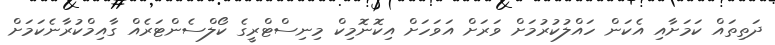
ދަތިތައް ކަމަށާއި އެކަން ހައްލުކުރުމަށް ވަރަށް އަވަހަށް އިކޮނޮމިކް މިނިސްޓްރީގެ ކޯލްސެންޓަރެއް ގާއިމްކުރާނެކަމަށް